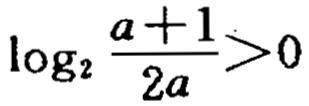
\(\log_{2}\frac{a + 1}{2a}>0\)